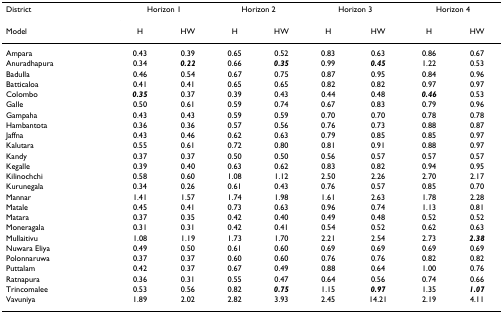
<table><thead><tr><td><b>District</b></td><td colspan="2"><b>Horizon 1</b></td><td colspan="2"><b>Horizon 2</b></td><td colspan="2"><b>Horizon 3</b></td><td colspan="2"><b>Horizon 4</b></td></tr><tr><td><b>Model</b></td><td><b>H</b></td><td><b>HW</b></td><td><b>H</b></td><td><b>HW</b></td><td><b>H</b></td><td><b>HW</b></td><td><b>H</b></td><td><b>HW</b></td></tr></thead><tbody><tr><td>Ampara</td><td>0.43</td><td>0.39</td><td>0.65</td><td>0.52</td><td>0.83</td><td>0.63</td><td>0.86</td><td>0.67</td></tr><tr><td>Anuradhapura</td><td>0.34</td><td><b><i>0.22</i></b></td><td>0.66</td><td><b><i>0.35</i></b></td><td>0.99</td><td><b><i>0.45</i></b></td><td>1.22</td><td>0.53</td></tr><tr><td>Badulla</td><td>0.46</td><td>0.54</td><td>0.67</td><td>0.75</td><td>0.87</td><td>0.95</td><td>0.84</td><td>0.96</td></tr><tr><td>Batticaloa</td><td>0.41</td><td>0.41</td><td>0.65</td><td>0.65</td><td>0.82</td><td>0.82</td><td>0.97</td><td>0.97</td></tr><tr><td>Colombo</td><td><b><i>0.35</i></b></td><td>0.37</td><td>0.39</td><td>0.43</td><td>0.44</td><td>0.48</td><td><b><i>0.46</i></b></td><td>0.53</td></tr><tr><td>Galle</td><td>0.50</td><td>0.61</td><td>0.59</td><td>0.74</td><td>0.67</td><td>0.83</td><td>0.79</td><td>0.96</td></tr><tr><td>Gampaha</td><td>0.43</td><td>0.43</td><td>0.59</td><td>0.59</td><td>0.70</td><td>0.70</td><td>0.78</td><td>0.78</td></tr><tr><td>Hambantota</td><td>0.36</td><td>0.36</td><td>0.57</td><td>0.56</td><td>0.76</td><td>0.73</td><td>0.88</td><td>0.87</td></tr><tr><td>Jaffna</td><td>0.43</td><td>0.46</td><td>0.62</td><td>0.63</td><td>0.79</td><td>0.85</td><td>0.85</td><td>0.97</td></tr><tr><td>Kalutara</td><td>0.55</td><td>0.61</td><td>0.72</td><td>0.80</td><td>0.81</td><td>0.91</td><td>0.88</td><td>0.97</td></tr><tr><td>Kandy</td><td>0.37</td><td>0.37</td><td>0.50</td><td>0.50</td><td>0.56</td><td>0.57</td><td>0.57</td><td>0.57</td></tr><tr><td>Kegalle</td><td>0.39</td><td>0.40</td><td>0.63</td><td>0.62</td><td>0.83</td><td>0.82</td><td>0.94</td><td>0.95</td></tr><tr><td>Kilinochchi</td><td>0.58</td><td>0.60</td><td>1.08</td><td>1.12</td><td>2.50</td><td>2.26</td><td>2.70</td><td>2.17</td></tr><tr><td>Kurunegala</td><td>0.34</td><td>0.26</td><td>0.61</td><td>0.43</td><td>0.76</td><td>0.57</td><td>0.85</td><td>0.70</td></tr><tr><td>Mannar</td><td>1.41</td><td>1.57</td><td>1.74</td><td>1.98</td><td>1.61</td><td>2.63</td><td>1.78</td><td>2.28</td></tr><tr><td>Matale</td><td>0.45</td><td>0.41</td><td>0.73</td><td>0.63</td><td>0.96</td><td>0.74</td><td>1.13</td><td>0.81</td></tr><tr><td>Matara</td><td>0.37</td><td>0.35</td><td>0.42</td><td>0.40</td><td>0.49</td><td>0.48</td><td>0.52</td><td>0.52</td></tr><tr><td>Moneragala</td><td>0.31</td><td>0.31</td><td>0.42</td><td>0.41</td><td>0.54</td><td>0.52</td><td>0.62</td><td>0.63</td></tr><tr><td>Mullaitivu</td><td>1.08</td><td>1.19</td><td>1.73</td><td>1.70</td><td>2.21</td><td>2.54</td><td>2.73</td><td><b><i>2.38</i></b></td></tr><tr><td>Nuwara Eliya</td><td>0.49</td><td>0.50</td><td>0.61</td><td>0.60</td><td>0.69</td><td>0.69</td><td>0.69</td><td>0.69</td></tr><tr><td>Polonnaruwa</td><td>0.37</td><td>0.37</td><td>0.60</td><td>0.60</td><td>0.76</td><td>0.76</td><td>0.82</td><td>0.82</td></tr><tr><td>Puttalam</td><td>0.42</td><td>0.37</td><td>0.67</td><td>0.49</td><td>0.88</td><td>0.64</td><td>1.00</td><td>0.76</td></tr><tr><td>Ratnapura</td><td>0.36</td><td>0.31</td><td>0.55</td><td>0.47</td><td>0.64</td><td>0.56</td><td>0.74</td><td>0.66</td></tr><tr><td>Trincomalee</td><td>0.53</td><td>0.56</td><td>0.82</td><td><b><i>0.75</i></b></td><td>1.15</td><td><b><i>0.97</i></b></td><td>1.35</td><td><b><i>1.07</i></b></td></tr><tr><td>Vavuniya</td><td>1.89</td><td>2.02</td><td>2.82</td><td>3.93</td><td>2.45</td><td>14.21</td><td>2.19</td><td>4.11</td></tr></tbody></table>